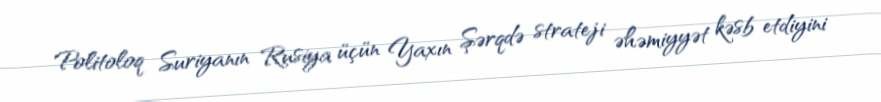
Politoloq Suriyanın Rusiya üçün Yaxın Şərqdə strateji əhəmiyyət kəsb etdiyini